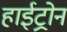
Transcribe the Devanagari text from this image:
हाईट्रोन